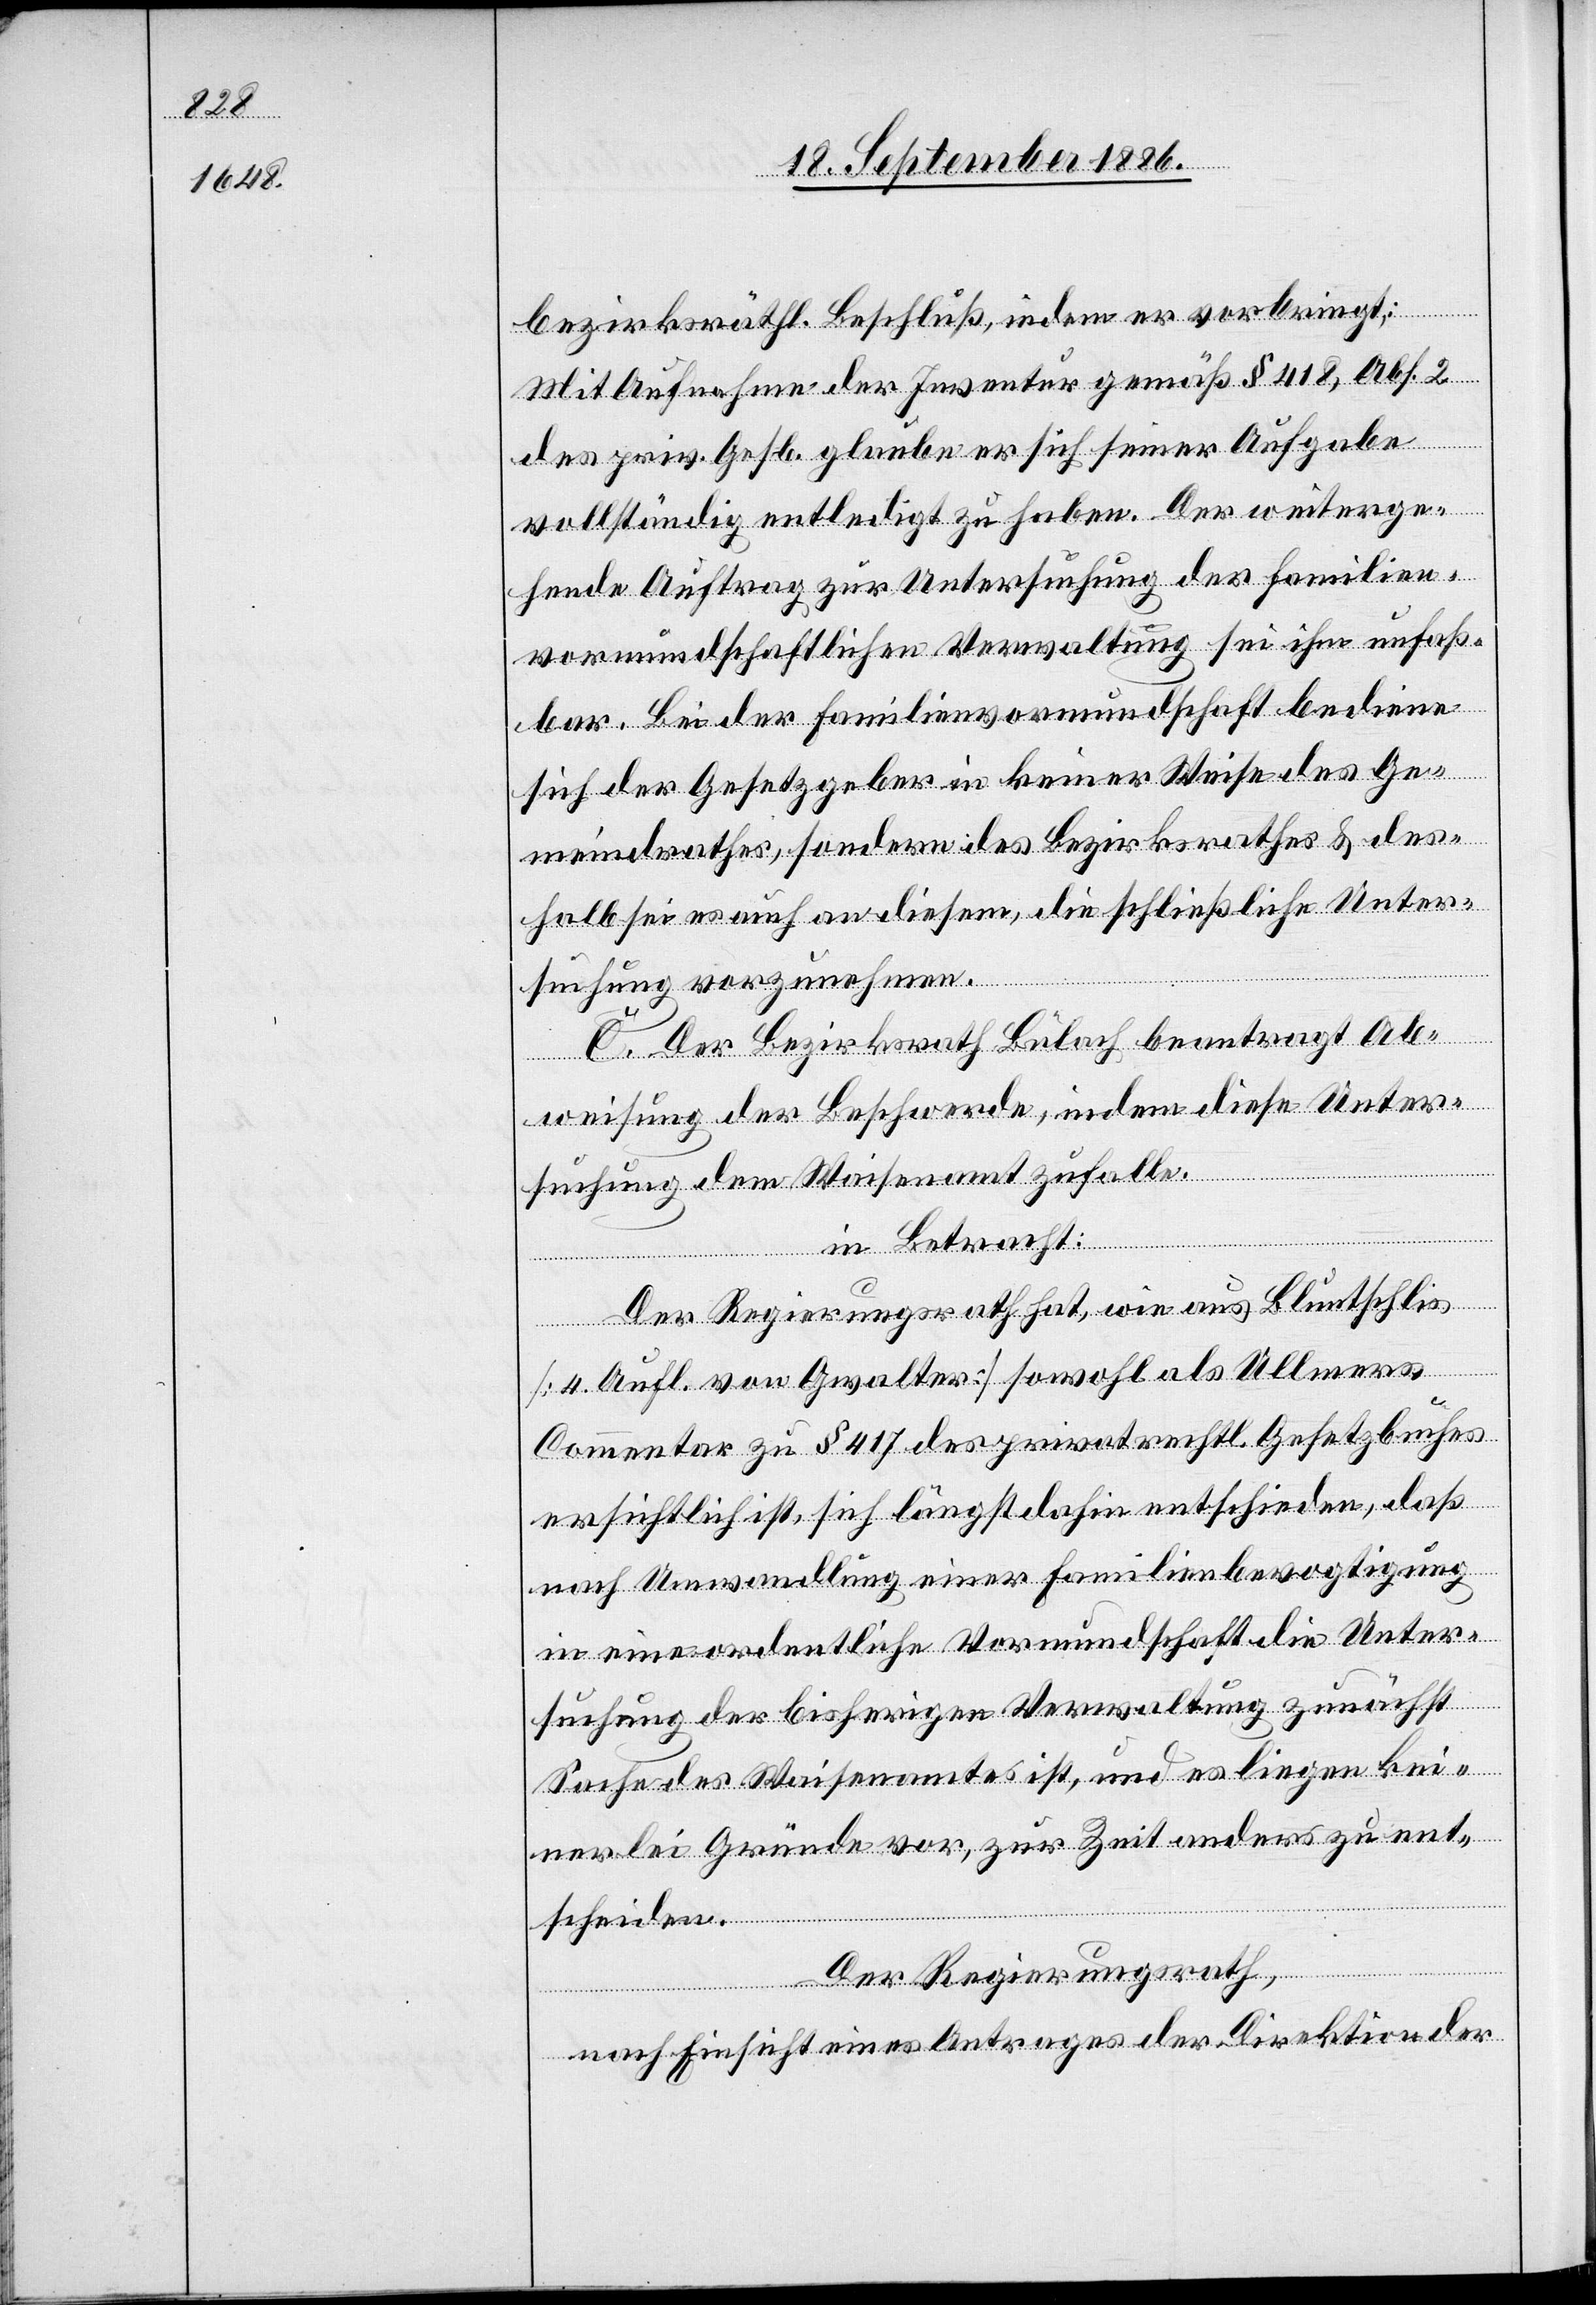
bezirksräthl. Beschluß, indem er vorbringt:
Mit Aufnahme der Inventur gemäß § 418, Abs. 2
des priv. Gesb. glaube er sich seiner Aufgabe
vollständig entledigt zu haben. Der weiterge¬
hende Auftrag zur Untersuchung der familien¬
vormundschaftlichen Verwaltung sei ihm unfaß¬
bar. Bei der Familienvormundschaft bediene
sich der Gesetzgeber in keiner Weise des Ge¬
meindrathes, sondern des Bezirksrathes & des¬
halb sei es auch an diesem, die schließliche Unter¬
suchung vorzunehmen.
C. Der Bezirksrath Bülach beantragt Ab¬
weisung der Beschwerde, indem diese Unter¬
suchung dem Waisenamt zufalle.
in Betracht:
Der Regierungsrath hat, wie aus Bluntschlis
[4. Aufl. von Gwalter] sowohl als Ullmers
Commentar zu § 417 des privatrechtl. Gesetzbuches
ersichtlich ist, sich längst dahin entschieden, daß
nach Umwandlung einer Familienbevogtigung
in eine ordentliche Vormundschaft die Unter¬
suchung der bisherigen Verwaltung zunächst
Sache des Waisenamtes ist, und es liegen kei¬
nerlei Gründe vor, zur Zeit anders zu ent¬
scheiden.
Der Regierungsrath,
nach Einsicht eines Antrages der Direktion der